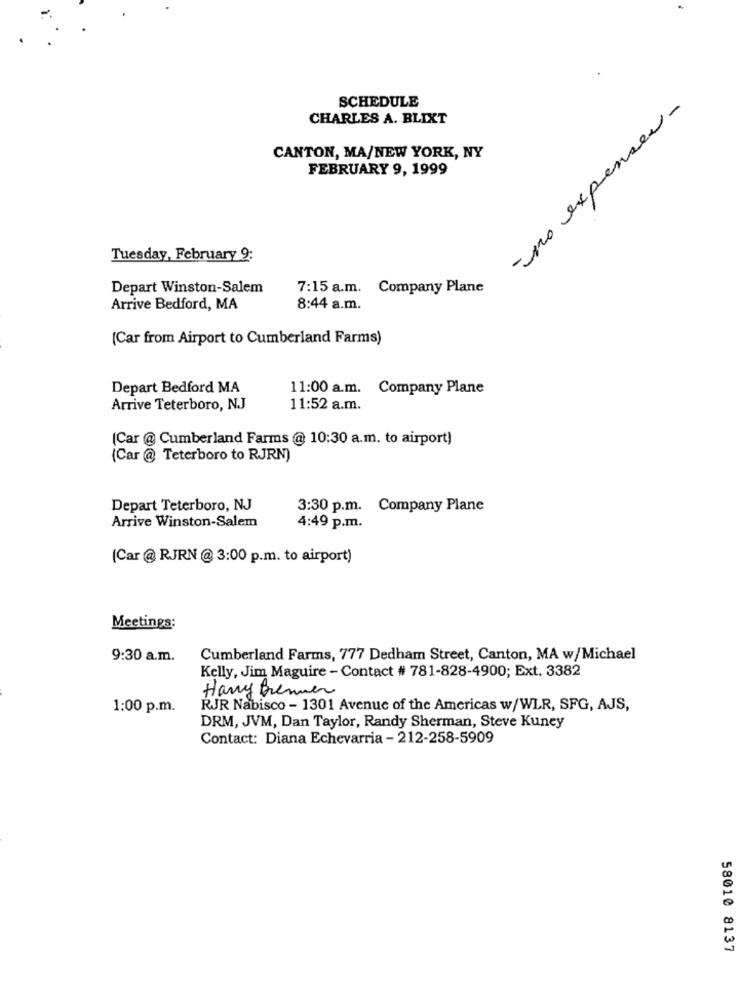
SCHEDULE
no expenses-
CHARLES A. BLIXT
CANTON, MA/NEW YORK, NY
FEBRUARY 9, 1999
Tuesday, February 9:
Depart Winston-Salem
7:15 a.m. Company Plane
Arrive Bedford, MA
8:44 a.m.
(Car from Airport to Cumberland Farms)
Depart Bedford MA
11:00 a.m. Company Plane
Arrive Teterboro, N.J
11:52 a.m.
(Car @ Cumberland Farms @ 10:30 a.m. to airport)
(Car @ Teterboro to RJRN)
Depart Teterboro, NJ
3:30 p.m. Company Plane
Arrive Winston-Salem
4:49 p.m.
(Car @ RJRN @ 3:00 p.m. to airport)
Meetings:
9:30 a.m.
Cumberland Farms, 777 Dedham Street, Canton, MA w/Michael
Kelly, Jim Maguire - Contact # 781-828-4900; Ext. 3382
Harry Brenner
1:00 p.m.
RJR Nabisco - 1301 Avenue of the Americas w/WLR, SFG, AJS,
DRM, JVM, Dan Taylor, Randy Sherman, Steve Kuney
Contact: Diana Echevarria - 212-258-5909
58010 8137